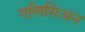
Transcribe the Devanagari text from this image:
गलिसिंअन